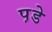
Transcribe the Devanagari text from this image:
प़डे